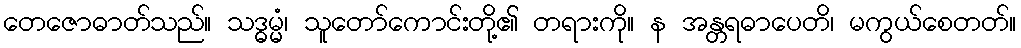
တေဇောဓာတ်သည်။ သဒ္ဓမ္မံ၊ သူတော်ကောင်းတို့၏ တရားကို။ န အန္တရဓာပေတိ၊ မကွယ်စေတတ်။